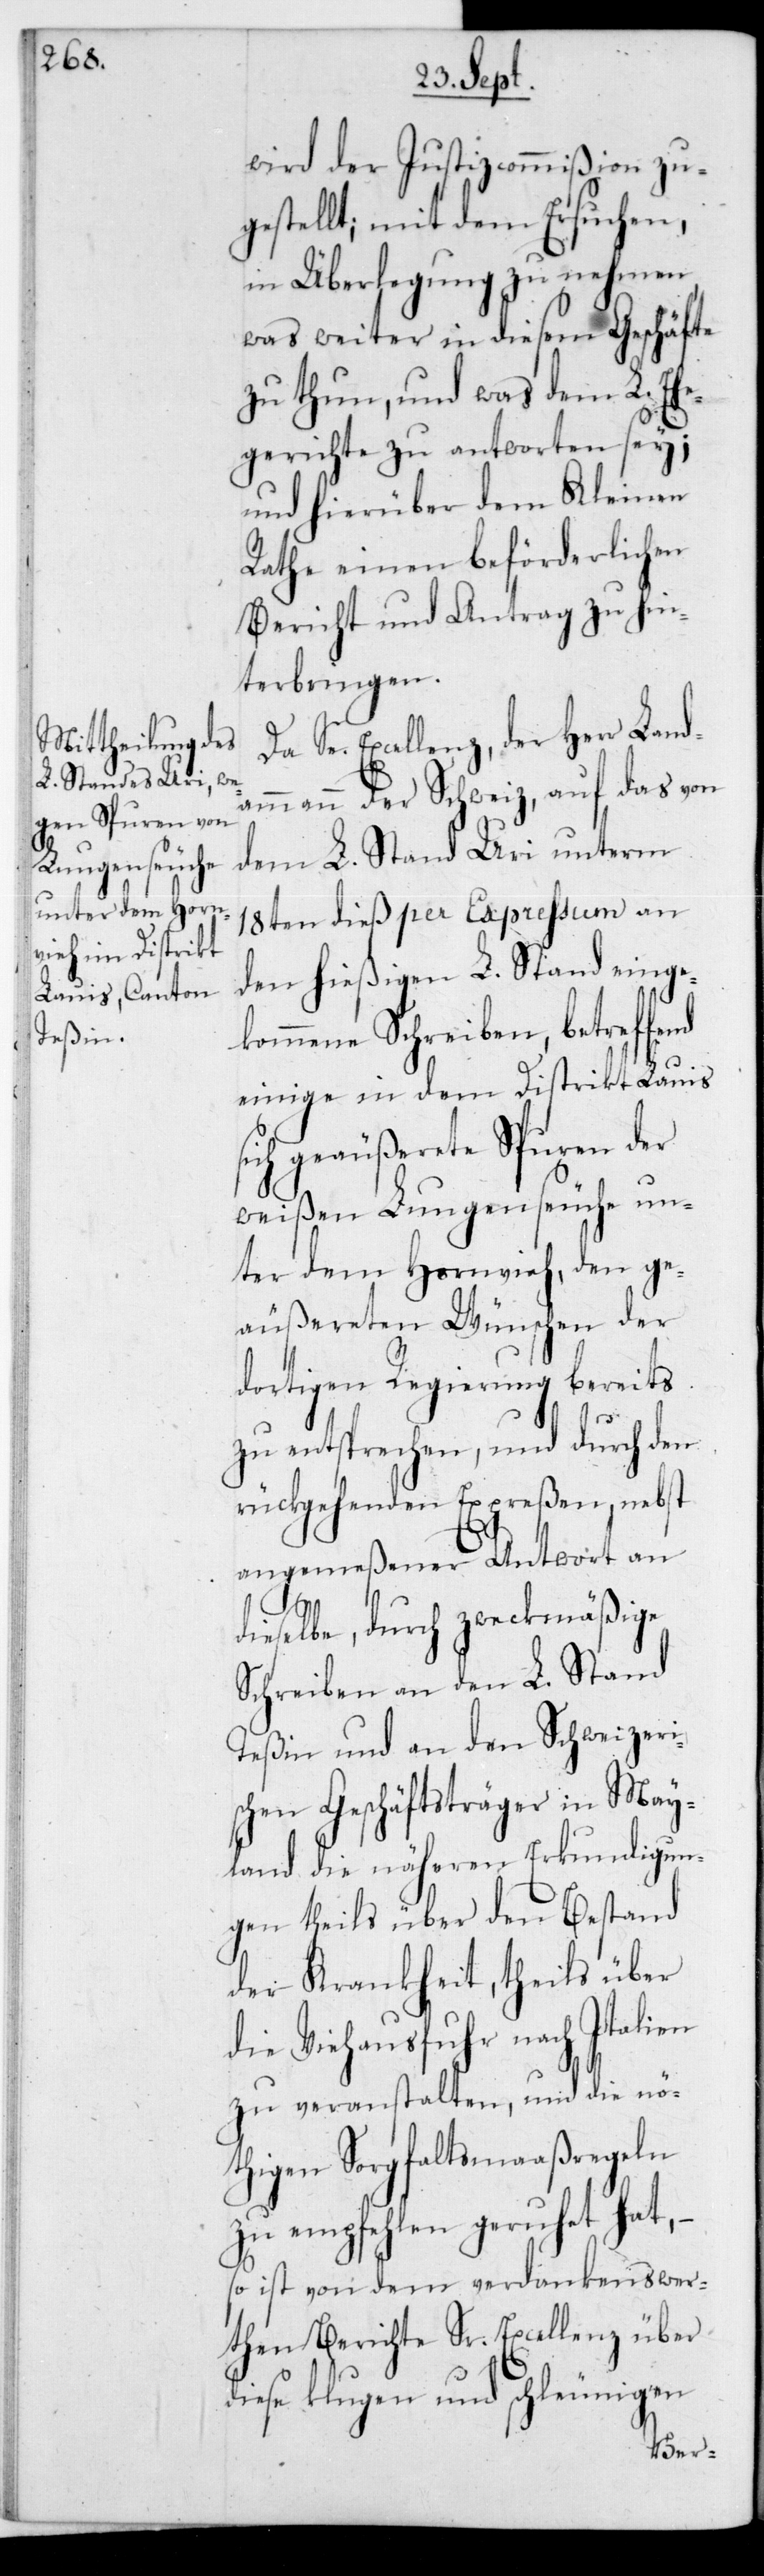
wird der Justizcommißion zu¬
gestellt; mit dem Ersuchen,
in Überlegung zu nehmen,
was weiter in diesem Geschäfte
zu thun, und was dem L. Ehe¬
gerichte zu antworten sey;
und hierüber dem Kleinen
Rathe einen beförderlichen
Bericht und Antrag zu hin¬
terbringen.
Se. Excellenz,der Herr Landa¬
mmann der Schweiz, auf das von
dem L. Stand Uri unterm
18ten dieß per Expressum an
den hießigen L. Stand einge¬
kommene Schreiben, betreffend
einige in dem Distrikt Lauis
sich geäußerete Spuren der
weißen Lungenseuche un¬
ter dem Hornvieh, den ge¬
äußereten Wünschen der
dortigen Regierung bereits
zu entsprechen, und durch den
rückgehenden Expreßen nebst
angemeßener Antwort an d¬
ieselbe, durch zweckmäßige
Schreiben an den L. Stand
Teßin und an den Schweizeri¬
schen Geschäftsträger in May¬
land die näheren Erkundigun¬
gen theils über den Bestand
der Krankheit, theils über
die Viehausfuhr nach Italien
zu veranstalten, und die nö¬
thigen Sorgfaltsmaßregeln
zu empfehlen geruhet hat,
so ist von dem verdankenswer¬
then Berichte Sr. Excellenz,über
diese klugen und schleunigen